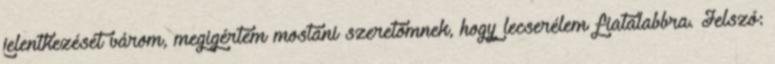
jelentkezését várom, megigértem mostani szeretőmnek, hogy lecserélem fiatalabbra. Jelszó: